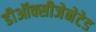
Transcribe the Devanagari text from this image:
डीऑक्सीजेनेटेड